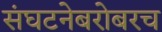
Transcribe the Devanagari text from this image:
संघटनेबरोबरच